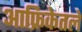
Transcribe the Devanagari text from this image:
आफ्रिकेतले